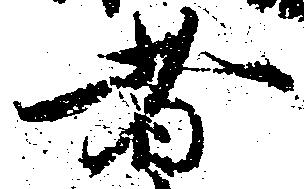
者